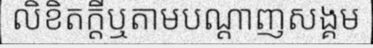
លិខិតក្តីឬតាមបណ្តាញសង្គម